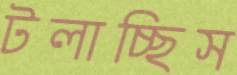
টলাচ্ছিস